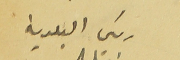
رئيس البلدية